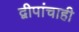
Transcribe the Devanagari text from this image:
द्वीपांचाही